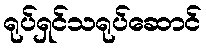
ရုပ်ရှင်သရုပ်ဆောင်